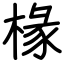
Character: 椽